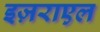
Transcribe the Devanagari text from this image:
इज़राएल